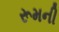
રૂમની